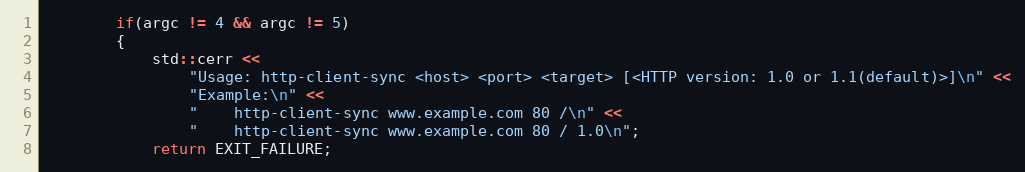
Language: C++
        if(argc != 4 && argc != 5)
        {
            std::cerr <<
                "Usage: http-client-sync <host> <port> <target> [<HTTP version: 1.0 or 1.1(default)>]\n" <<
                "Example:\n" <<
                "    http-client-sync www.example.com 80 /\n" <<
                "    http-client-sync www.example.com 80 / 1.0\n";
            return EXIT_FAILURE;